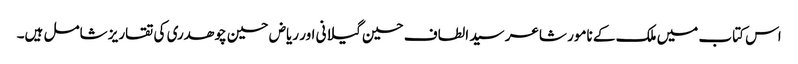
اس کتاب میں ملک کے نامور شاعر سید الطاف حسین گیلانی اور ریاض حسین چوھدری کی تقاریز شامل ہیں۔